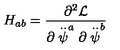
H _ { a b } = \frac { \partial ^ { 2 } { \cal L } } { \partial \stackrel { . . } { \psi } ^ { a } \partial \stackrel { . . } { \psi } ^ { b } }